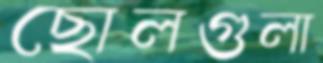
ছোলগুলা